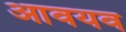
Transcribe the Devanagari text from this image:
आवयव